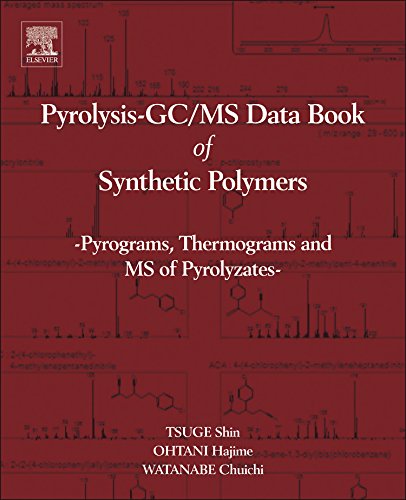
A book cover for Pyrolysis - GC/MS Data Book of Synthetic Polymers: Pyrograms, Thermograms and MS of Pyrolyzates; Shin Tsuge; Science & Math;